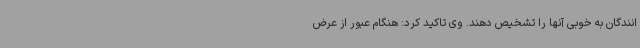
انندگان به خوبی آنها را تشخیص دهند. وی تاکید کرد: هنگام عبور از عرض